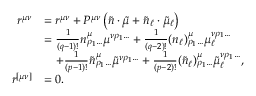
\begin{array} { r l } { r ^ { \mu \nu } } & { = r ^ { \mu \nu } + P ^ { \mu \nu } \left( \tilde { n } \cdot \tilde { \mu } + \tilde { n } _ { \ell } \cdot \tilde { \mu } _ { \ell } \right) } \\ & { = \frac { 1 } { ( q - 1 ) ! } n ^ { \mu } _ { \rho _ { 1 } \ldots } \mu ^ { \nu \rho _ { 1 } \ldots } + \frac { 1 } { ( q - 2 ) ! } ( n _ { \ell } ) ^ { \mu } _ { \rho _ { 1 } \ldots } \mu _ { \ell } ^ { \nu \rho _ { 1 } \ldots } } \\ & { \quad + \frac { 1 } { ( p - 1 ) ! } \tilde { n } ^ { \mu } _ { \rho _ { 1 } \ldots } \tilde { \mu } ^ { \nu \rho _ { 1 } \ldots } + \frac { 1 } { ( p - 2 ) ! } ( \tilde { n } _ { \ell } ) ^ { \mu } _ { \rho _ { 1 } \ldots } \tilde { \mu } _ { \ell } ^ { \nu \rho _ { 1 } \ldots } , } \\ { r ^ { [ \mu \nu ] } } & { = 0 . } \end{array}